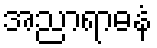
အညာရာဓနံ